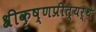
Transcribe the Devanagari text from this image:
श्रीकृष्णप्रीत्यर्थे